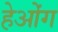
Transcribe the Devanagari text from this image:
हेओंग